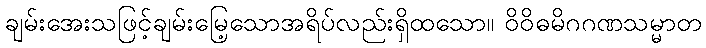
ချမ်းအေးသဖြင့်ချမ်းမြေ့သောအရိပ်လည်းရှိထသော။ ဝိဝိဓမိဂဂဏသမ္မာတ